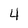
Character: 4